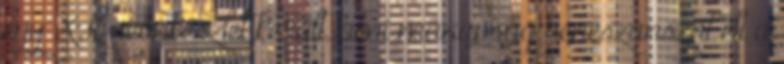
egy XK neonkészlet került, ami manapság reneszánszát éli a